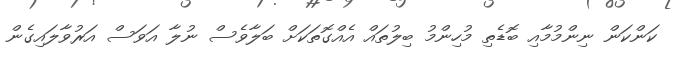
ކަންކަން ނިންމުމާއި ބޮޑެތި މުހިންމު ބިލުތައް އެއްގޮތަކަށް ބަލާވެސް ނުލާ އަވަސް އަރުވާލައިގެން